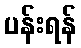
ပန်းရန်